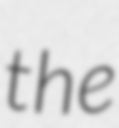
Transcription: the